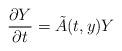
LaTeX: \begin{align*} \frac{\partial Y}{\partial t} = \tilde{A}(t, y) Y \end{align*}